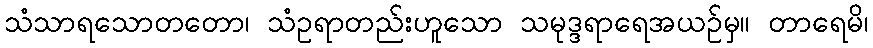
သံသာရသောတတော၊ သံဥရာတည်းဟူသော သမုဒ္ဒရာရေအယဉ်မှ။ တာရေမိ၊